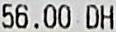
56.00 DH